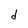
Character: d